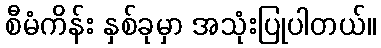
စီမံကိန်း နှစ်ခုမှာ အသုံးပြုပါတယ်။